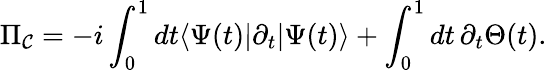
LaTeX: \Pi_{{\mathcal{C}}}=-i\int_{0}^{1}dt\langle\Psi(t)\vert\partial_{t}\vert\Psi(t)\rangle+\int_{0}^{1}dt\, \partial_{t}\Theta(t).